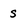
Character: s